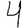
Digit: 4